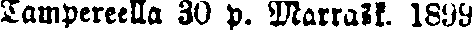
Tampereella 30 p. Marrask. 1899